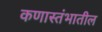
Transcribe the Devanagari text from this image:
कणास्तंभातील